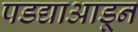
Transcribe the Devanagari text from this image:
पडद्याआडून